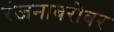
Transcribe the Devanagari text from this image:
रंजनाबरोबर